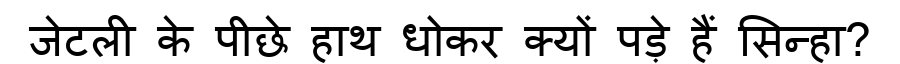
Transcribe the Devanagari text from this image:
जेटली के पीछे हाथ धोकर क्यों पड़े हैं सिन्हा?